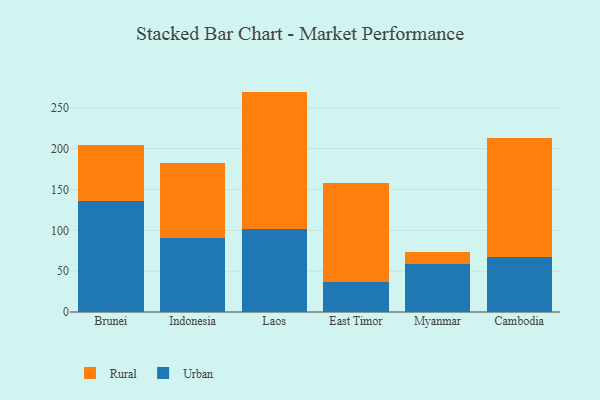
{"axis": {"x": "Country", "y": "Website Visitors"}, "legend": ["Rural", "Urban"], "data": [{"x": "Brunei", "y": 135.6, "type": "Urban"}, {"x": "Brunei", "y": 68.7, "type": "Rural"}, {"x": "Indonesia", "y": 90.9, "type": "Urban"}, {"x": "Indonesia", "y": 92.1, "type": "Rural"}, {"x": "Laos", "y": 101.8, "type": "Urban"}, {"x": "Laos", "y": 168.1, "type": "Rural"}, {"x": "East Timor", "y": 36.3, "type": "Urban"}, {"x": "East Timor", "y": 121.3, "type": "Rural"}, {"x": "Myanmar", "y": 58.9, "type": "Urban"}, {"x": "Myanmar", "y": 14.7, "type": "Rural"}, {"x": "Cambodia", "y": 67.9, "type": "Urban"}, {"x": "Cambodia", "y": 145.4, "type": "Rural"}]}